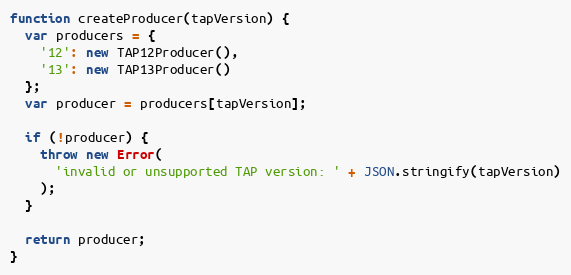
Language: JavaScript
function createProducer(tapVersion) {
  var producers = {
    '12': new TAP12Producer(),
    '13': new TAP13Producer()
  };
  var producer = producers[tapVersion];

  if (!producer) {
    throw new Error(
      'invalid or unsupported TAP version: ' + JSON.stringify(tapVersion)
    );
  }

  return producer;
}